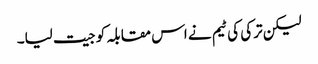
لیکن ترکی کی ٹیم نے اس مقابلہ کو جیت لیا۔